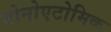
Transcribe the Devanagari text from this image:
मोनोएटोमिक